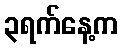
၃ရက်နေ့က